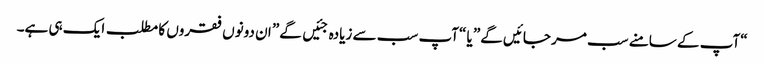
“آپ کے سامنے سب مر جائیں گے” یا “آپ سب سے زیادہ جئیں گے” ان دونوں فقروں کا مطلب ایک ہی ہے۔